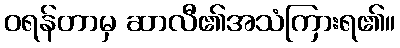
ဝရန်တာမှ ဆာလီ၏အသံကြားရ၏။